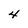
Character: 4